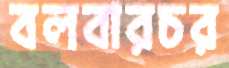
বলবারচর